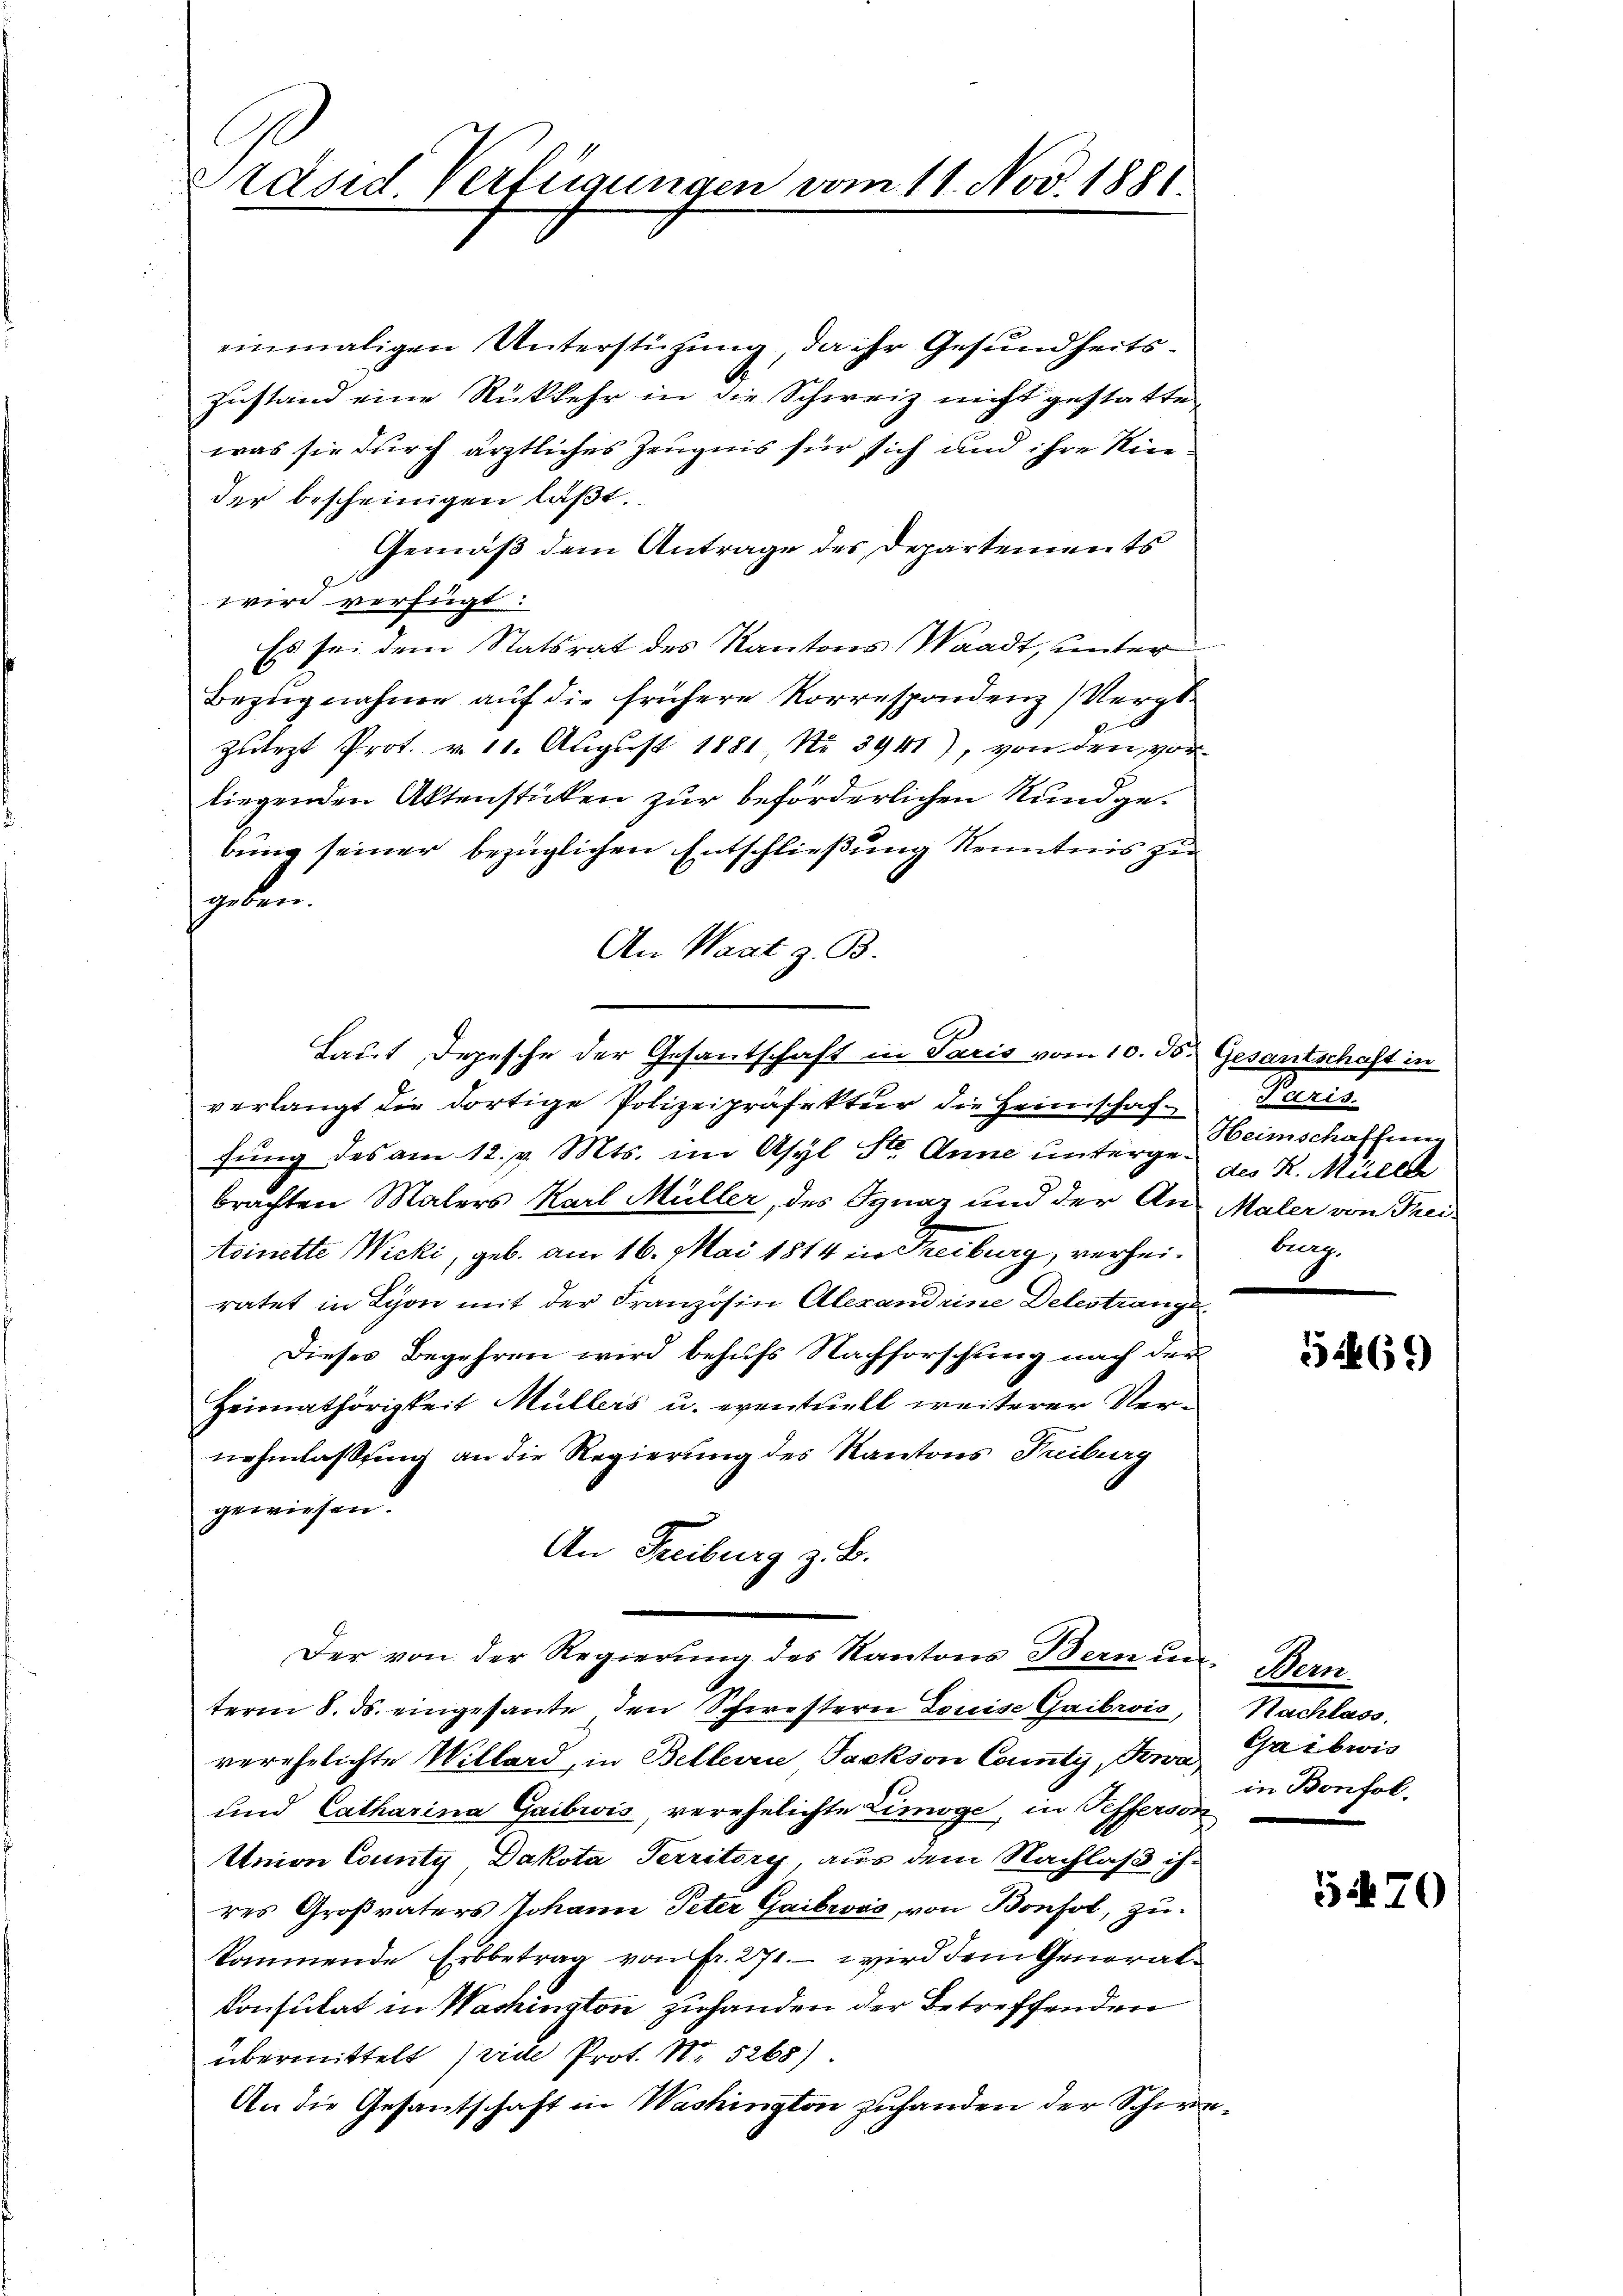
Präses Verfügungen vom 11. Nov. 1881.

einmaligen Unterstützung, da ihr Gesundheits¬
Zustand eine Rückkehr in die Schweiz nicht gestatte
was sie durch ärztliches Zeugnis für sich und ihre Kinder bescheinigen laßt.
Gemäß dem Antrage des Departements
wird verfügt:
Es sei dem Statsrat des Kantons Waadt, unter
Bezugnahme aŭf die frühere Korrespondenz Nergs-
Zulezt Prot. v. 11. August 1881, Nr. 3941), von den vor
liegenden Aktenstücken zur beförderlichen Rundgebung seiner bezüglichen Entschließung Kenntnis zu
geben.
An Waat z. B.
verlangt die dortige Polizeipräfektur die Heimschaf-seris
fŭng des am 12. v. Mts. im Asyl St. Anne unterge-Geimschaffen
brachten Malers Karl Müller, des Ignaz und der An- Maler von Frei-
Aoinette Wicki, geb. am 16. Mai 1814 in Treiburg, verheiratet in Lyon mit der Französin Alexandrine Delestrange
Dieses Begehren wird behufs Nachforschung nach der
Heimathörigkeit Müllers u. eventuell weiterer Vernehmlassing an die Regierung des Kantons Freiburg
gewiesen.
An Freiburg z. B.
Der von der Regierung des Kantons Bern un
term 8. ds. eingesante, den Schwestern Louise Gaibris,
verehelichte Willard, in Beller Jackson Comty, Pewa
und Catharina Gaibris, verehelichte Limoge, in Pefferson
Union County, Dakota Territory aus dem Nachlaß ihres Großvaters Johann Peter Gaibrović, von Bonsol, zukommende Erbbetrag von Fr. 271. - wird dem General¬
Konsulat in Washington zuhanden der Betreffenden
übermittelt (vide Prot. N. 5268).
An die Gesantschaft in Washington zuhanden der Schwe¬

Laut Depesche der Gesantschaft in Paris vom 10. ds. Gesantschaft in

des K. Milch
bung.

5269)

Dem
Nachlass
Gaibwis
in Bonfol¬

5470